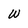
Character: W